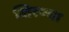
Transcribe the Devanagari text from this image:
शिरण्या